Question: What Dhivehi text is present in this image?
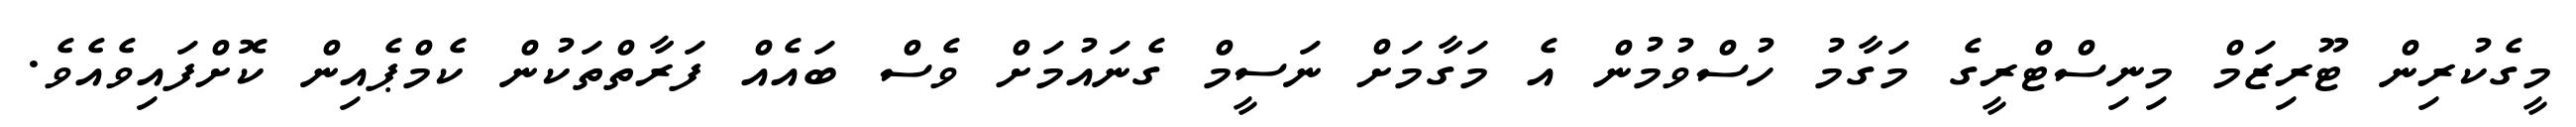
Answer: މީގެކުރިން ޓޫރިޒަމް މިނިސްޓްރީގެ މަގާމު ހުސްވުމުން އެ މަގާމަށް ނަސީމް ގެނައުމަށް ވެސް ބައެއް ފަރާތްތަކުން ކެމްޕެއިން ކޮށްފައިވެއެވެ.